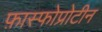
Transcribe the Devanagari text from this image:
फ़ास्फोप्रोटीन